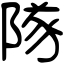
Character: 隊